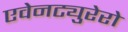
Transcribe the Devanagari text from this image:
एवेनट्युरेरो